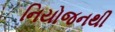
નિયોજનથી